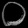
Digit: ၀